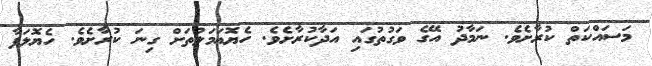
މަސައްކަތް ކުރާށެވެ. ނަމާދު އޭގެ ވަގުތުގައި އަދާކުރާށެވެ. ހެޔޮޢަމަލުތަށް ގިނަ ކުރާށެވެ. ހެޔޮލަފާ